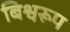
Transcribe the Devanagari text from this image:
बिश्वरूप